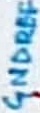
Text: GNDREF